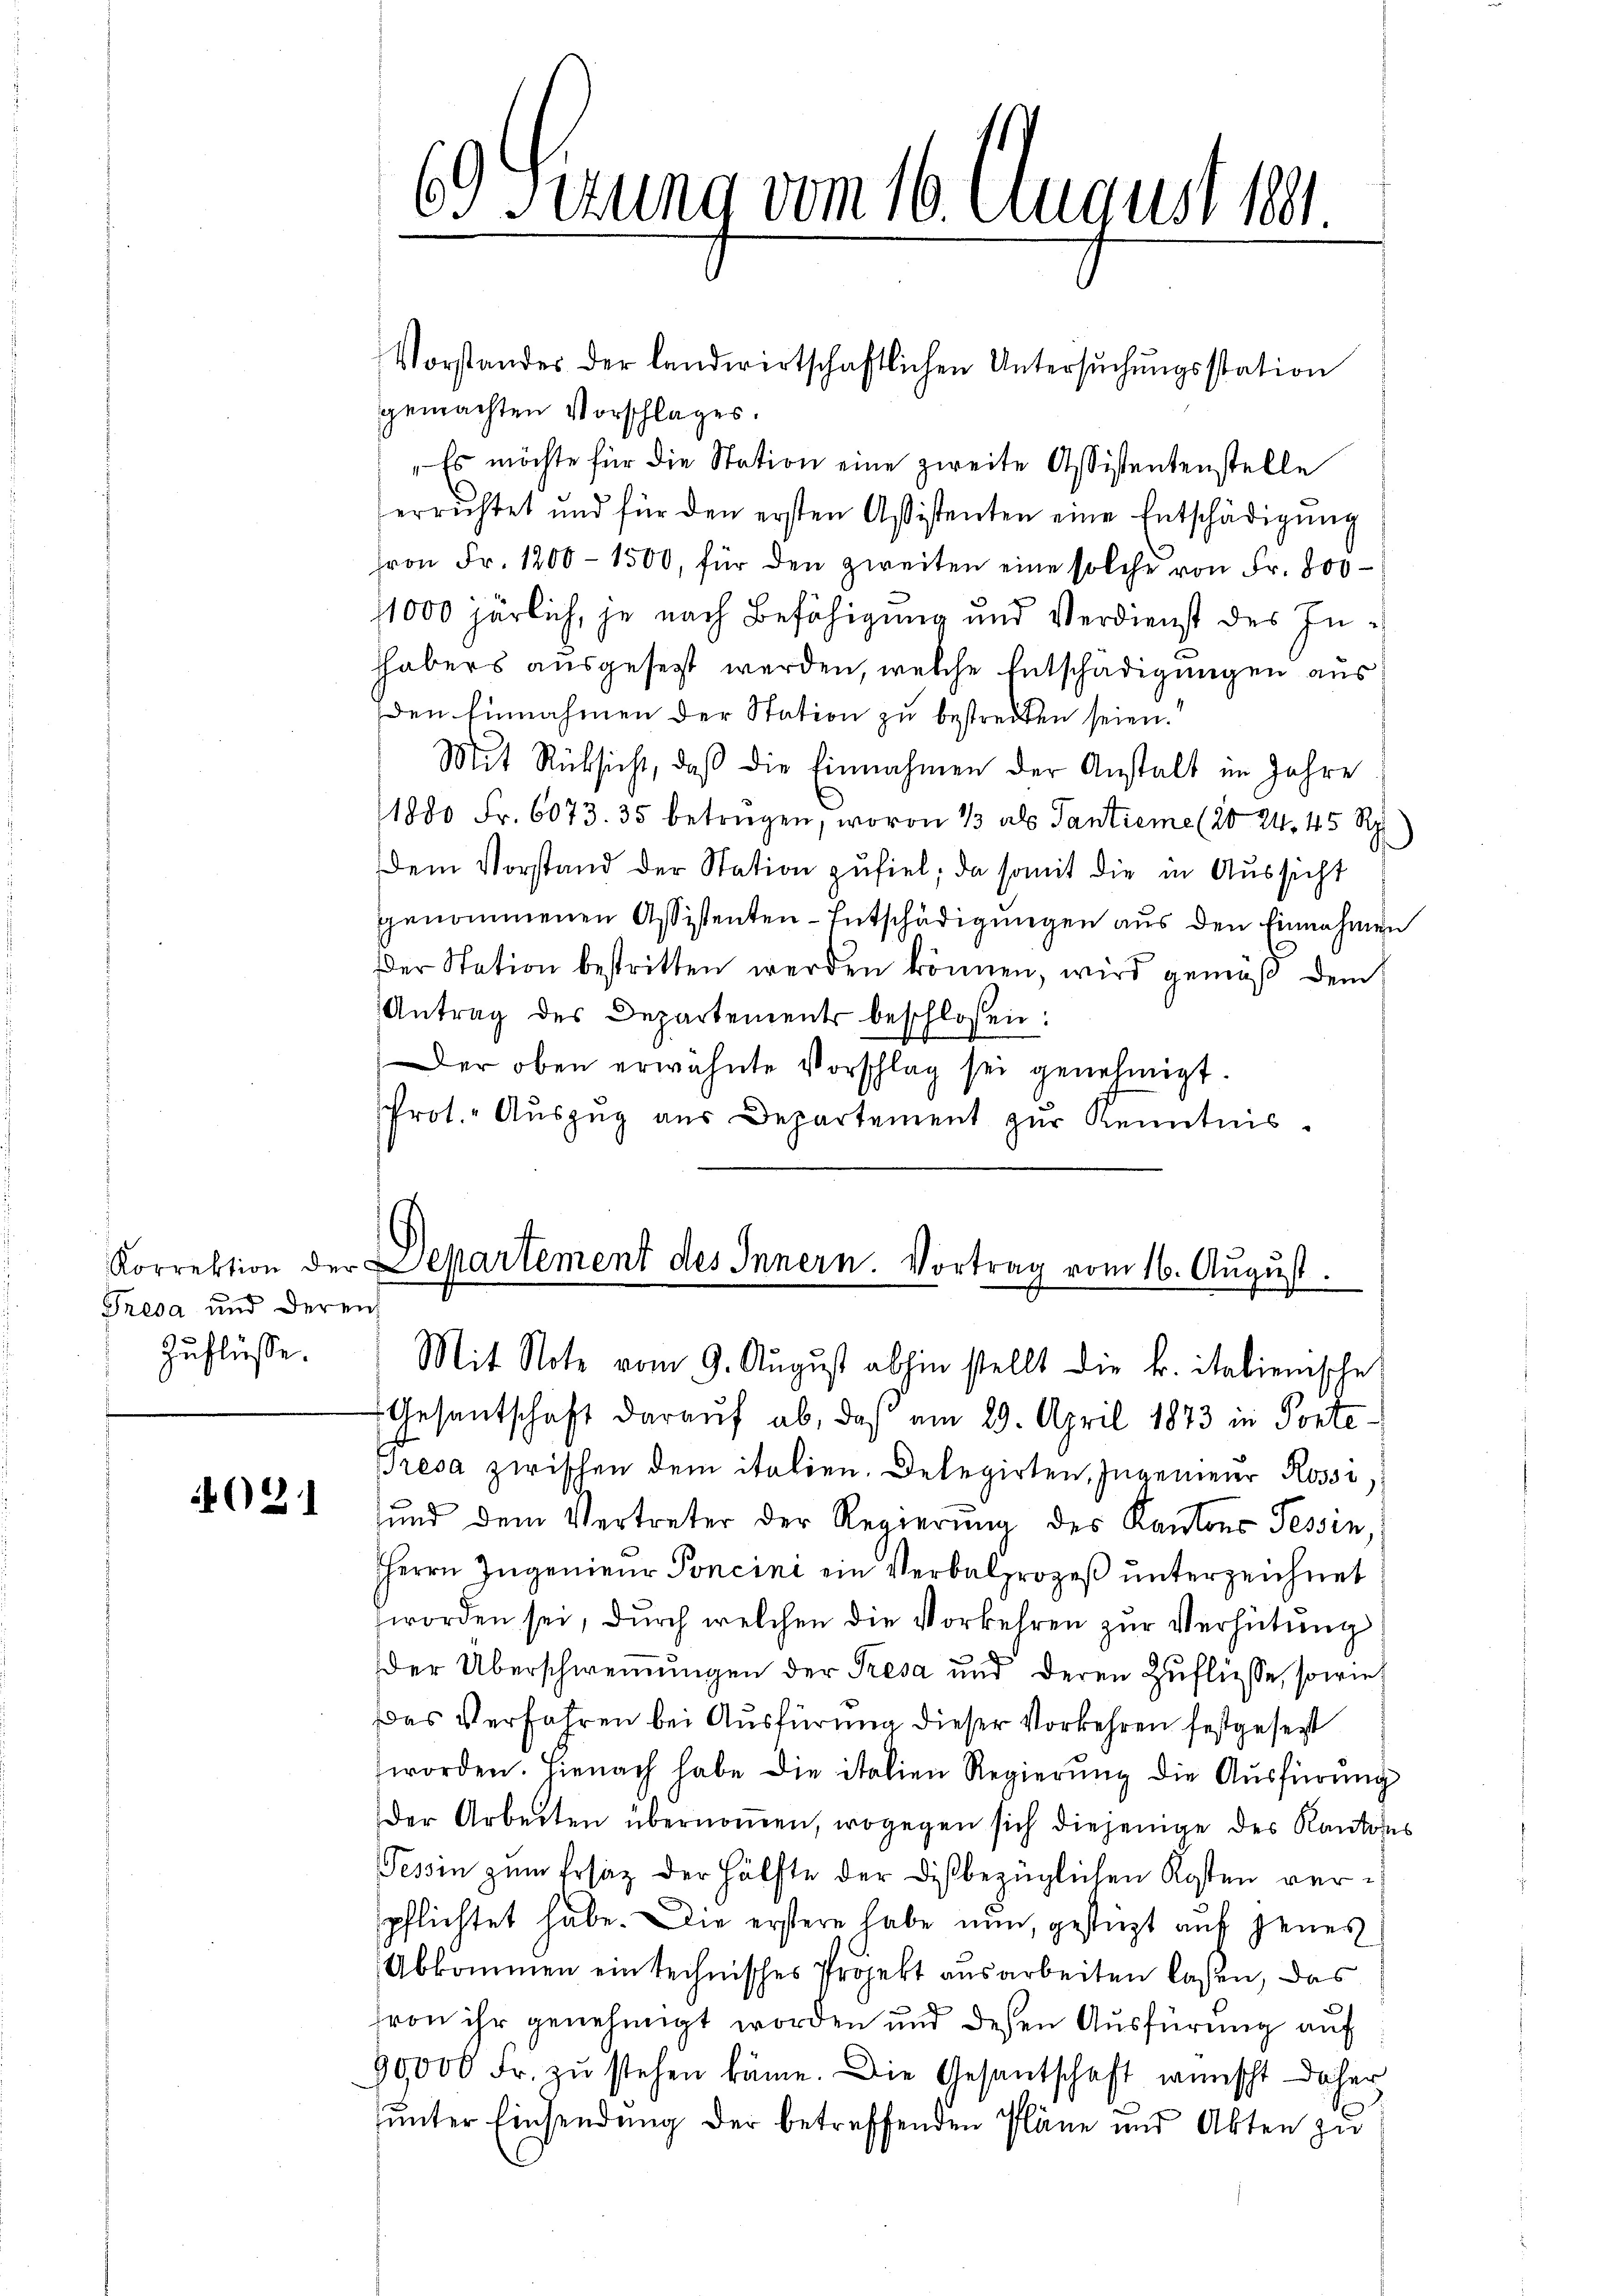
Korrektion der
Tresa und deren
Zuflüsse.

021

gemachten Vorschlages.
" Es möchte für die Station eine zweite Assistentenstelle
errichtet und für den ersten Assistenten eine Entschädigŭng
fron Fr. 1200–1500, für den zweiten eine solche von Fr. 800
1000 härlich, je nach Befähigung und Verdienst des Inhhabers ausgesezt werden, welche Entschädigungen aus
Den Einnahmen der Station zu bestreiten seien.
Mit Rücksicht, daß die Einnahmen der Anstalt im Jahre
1880 Fr. 6073. 35 betrügen, wovon 13 als Tantieme (20 24, 45 Rp.)
Dem Vorstand der Station zufiel, da somit die in Aussicht
genommenen Assistenten-Entschädigungen aus den Einnahmen
Der Station bestritten werden können, wird gemäß dem
Antrag des Departements beschlossen:
Der oben erwähnte Vorschlag sei genehmigt.
sprot. Auszug aus Departement zur Kenntnis.

69) Sizung vom 16. August 1891.

Vorstandes der landwirtschaftlichen Untersŭchŭngsstation

Departement des Innern. Vortrag vom 16. August.
Mit Note vom 9. August abhin stellt die k. italienische

Gesentschaft darauf ab, daß am 29. April 1873 in Ponte-
Bresa zwischen dem italien. Delegirten, Ingenieur Rossi
sund dem Vertreter der Regierung des Kantons Tessin,
HHerrn Ingenieur Poncini ein Verbalprozeß unterzeichnet
worden sei, durch welchen die Vorkehren zur Verhütung
der Überschwemmungen der Tresa und deren Zuflüsse, sowie
Das Verfahren bei Ausfürung dieser Vorkehren festgesetzt
worden. Hienach habe die italien Regierŭng die Aŭsfürŭng
Der Arbeiten übernoṁen, wogegen sich diejenige des Kantons
Tessin zum Ersatz der Hälfte der dißbezüglichen Kosten verspflichtet habe. Die erstere habe nun, gestürzt auf jenes
Abkommen ein technisches Projekt ausarbeiten laßen, das
von ihr genehmigt worden und dessen Ausfürung auf
90,000 Fr. zŭ stehen käme. Die Gesantschaft wünscht daher
unter Einsendung der betreffenden Pläne und Akten zu